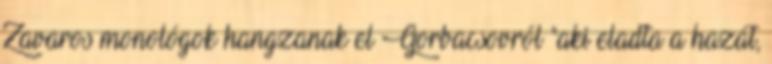
Zavaros monológok hangzanak el Gorbacsovról "aki eladta a hazát,